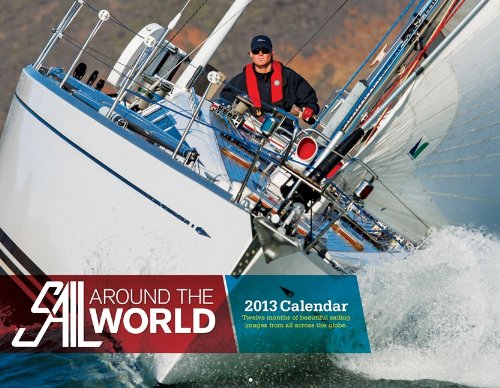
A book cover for Sail Around the World 2013 Calendar; Sail Magazine; Calendars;